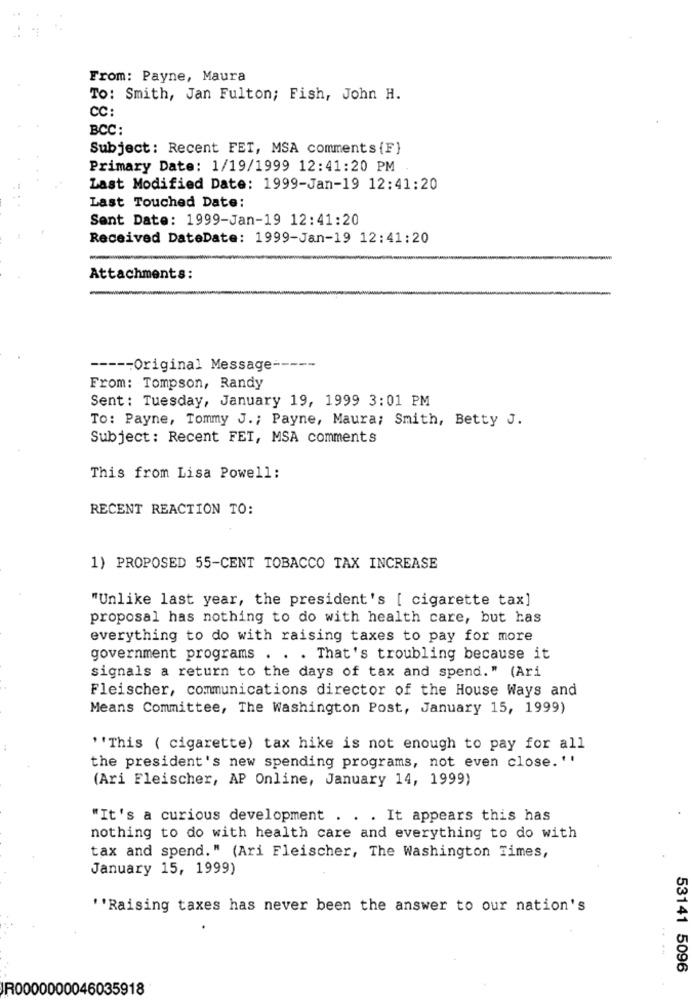
From: Payne, Maura
To: Smith, Jan Fulton; Fish, John H.
CC:
BCC:
Subject: Recent FET, MSA comments {F}
Primary Date: 1/19/1999 12:41:20 PM
Last Modified Date: 1999-Jan-19 12:41:20
Last Touched Date:
Sent Date: 1999-Jan-19 12:41:20
Received DateDate: 1999-Jan-19 12:41:20
Attachments:
----- Original Message -----
From: Tompson, Randy
Sent : Tuesday, January 19, 1999 3:01 PM
To: Payne, Tommy J .; Payne, Maura; Smith, Betty J.
Subject: Recent FET, MSA comments
This from Lisa Powell:
RECENT REACTION TO:
1) PROPOSED 55-CENT TOBACCO TAX INCREASE
"Unlike last year, the president's [ cigarette tax]
proposal has nothing to do with health care, but has
everything to do with raising taxes to pay for more
government programs . . . That's troubling because it
signals a return to the days of tax and spend." (Ari
Fleischer, communications director of the House Ways and
Means Committee, The Washington Post, January 15, 1999)
''This ( cigarette) tax hike is not enough to pay for all
the president's new spending programs, not even close. ''
(Ari Fleischer, AP Online, January 14, 1999)
"It's a curious development . . . It appears this has
nothing to do with health care and everything to do with
tax and spend." (Ari Fleischer, The Washington Times,
January 15, 1999)
''Raising taxes has never been the answer to our nation's
...
53141 5096
JR0000000046035918